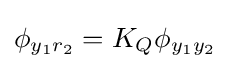
\phi _{y_{1}r_{2}}=K_{Q}\phi _{y_{1}y_{2}}